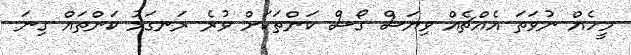
މީހެއް ނުވަތަ އެއްޗެއް ވިޔަސް ގޯސް ކަންތަކަށް ވުރެ ރަނގަޅު ކަންތައް ގިނަ